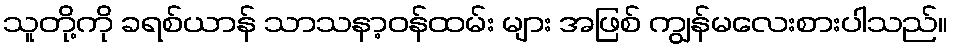
သူတို့ကို ခရစ်ယာန် သာသနာ့ဝန်ထမ်း များ အဖြစ် ကျွန်မလေးစားပါသည်။